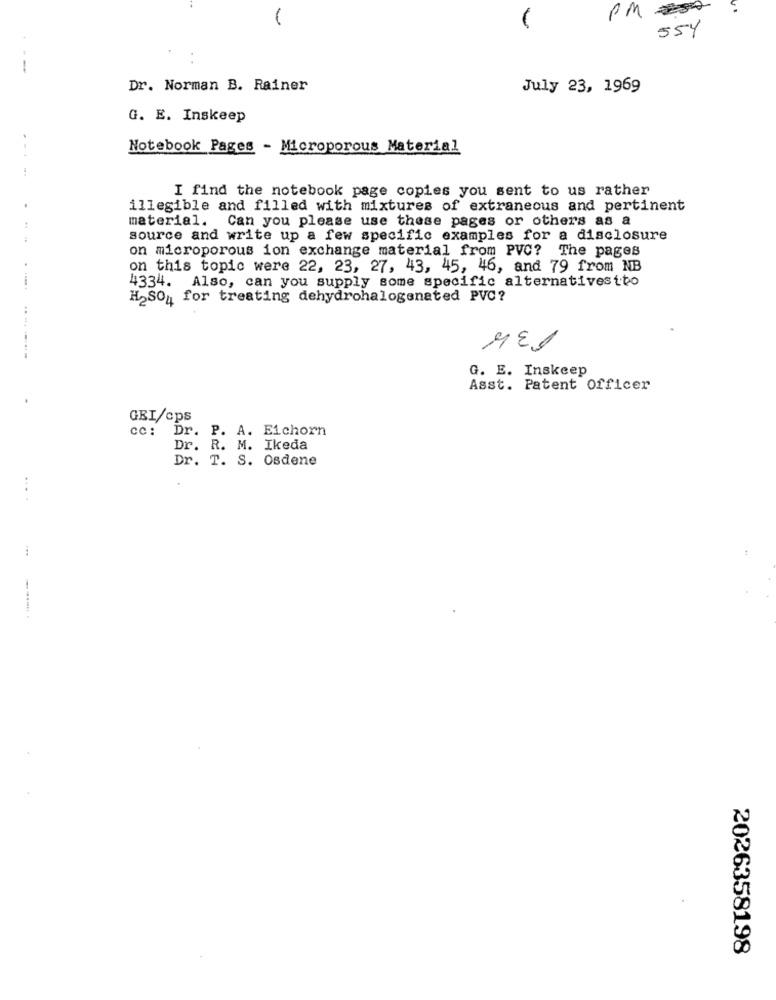
PM
-
-
554
--
Dr. Norman B. Rainer
July 23, 1969
G. E. Inskeep
.-
Notebook Pages - Microporous Material
I find the notebook page copies you sent to us rather
illegible and filled with mixtures of extraneous and pertinent
material. Can you please use these pages or others as a
source and write up a few specific examples for a disclosure
on microporous ion exchange material from PVC? The pages
on this topic were 22, 23, 27, 43, 45, 46, and 79 from NB
4334. Also, can you supply some specific alternativestto
H2SO4 for treating dehydrohalogenated PVC?
G. E. Inskeep
Asst. Patent Officer
GEI/cps
cc: Dr. P. A. Eichorn
Dr. R. M. Ikeda
Dr. T. S. Osdene
....
2026358198